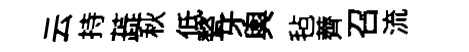
云持蕋秋低甃牙輿毡薺召流